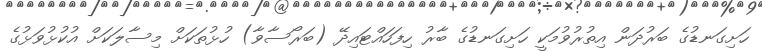
ހަށިގަނޑުގެ ބަރުދަން އިތުރުވުމަކީ ހަށިގަނޑުގެ ބާރު ހިފަހައްޓައިދޭ (ބަރޯސާވާ) ހުޅުތަކަށް މިސާލަކަށް އުކުޅުވަޅުގެ